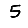
Digit: 5